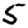
Digit: 5